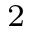
^ { 2 }